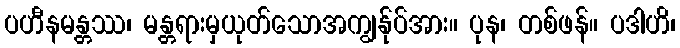
ပဟီနမန္တဿ၊ မန္တရားမှယုတ်သောအကျွန်ုပ်အား။ ပုန၊ တစ်ဖန်။ ပဒါဟိ၊